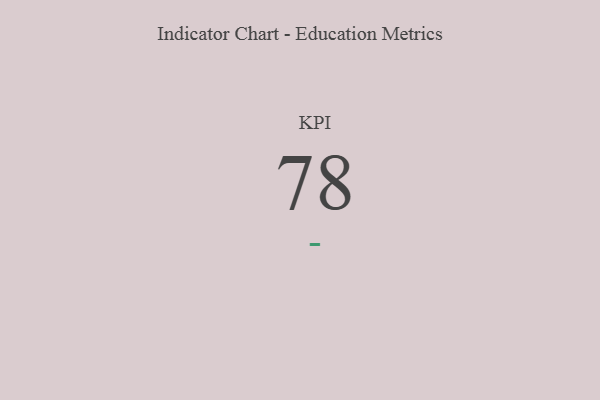
{"axis": {"x": "KPI", "y": "Value"}, "legend": [""], "data": [{"x": "KPI", "y": 78, "type": ""}]}